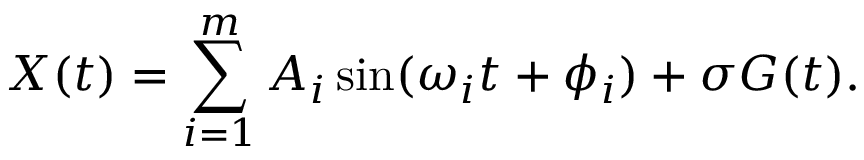
X ( t ) = \sum _ { i = 1 } ^ { m } A _ { i } \sin ( \omega _ { i } t + \phi _ { i } ) + \sigma G ( t ) .